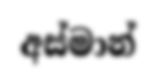
අස්මාන්